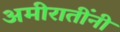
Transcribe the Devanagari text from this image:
अमीरातींनी